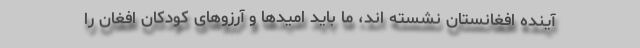
آینده افغانستان نشسته اند، ما باید امیدها و آرزوهای کودکان افغان را